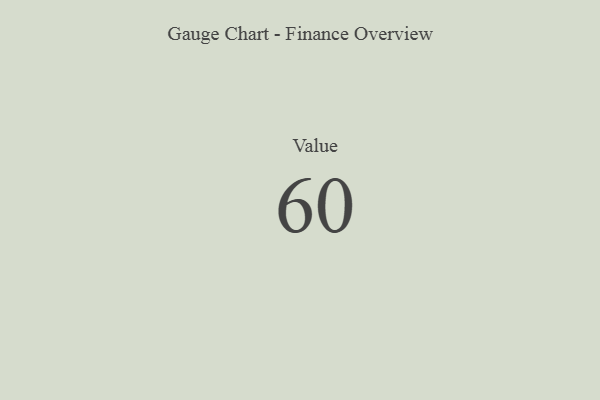
{"axis": {"x": "Metric", "y": "Value"}, "legend": [""], "data": [{"x": "Value", "y": 60, "type": ""}]}